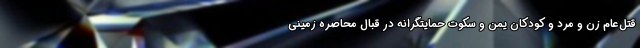
قتل‌عام زن و مرد و کودکان یمن و سکوت حمایتگرانه در قبال محاصره زمینی